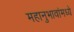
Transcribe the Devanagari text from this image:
महानुभावांमध्ये